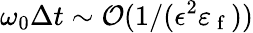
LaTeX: \omega_{0}\Delta t\sim\mathcal{O}(1/(\epsilon^{2}\varepsilon_{\mathrm{~f~}}))